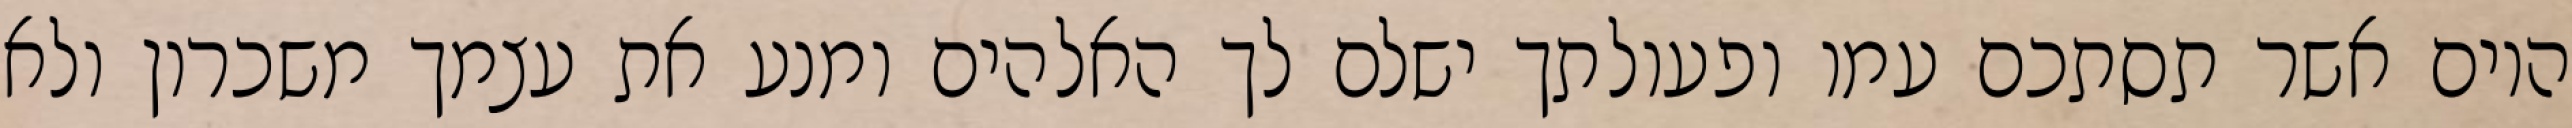
היום אשר תסתכם עמו ופעולתך ישלם לך האלהים ומנע את עצמך משכרון ולא